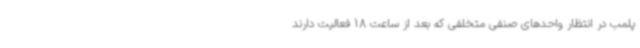
پلمب در انتظار واحدهای صنفی متخلفی که بعد از ساعت 18 فعالیت دارند